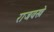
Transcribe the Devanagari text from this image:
राजवस्त्रे